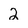
Character: 2